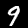
Digit: 9